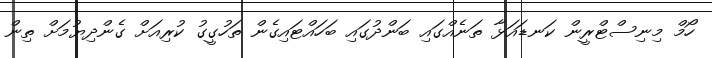
ހޯމް މިނިސްޓްރީން ކަނޑައަޅާ ތަނެއްގައި ބަންދުގައި ބަހައްޓައިގެން ތަހުގީގު ކުރިއަށް ގެންދިޔުމަށް ތިން